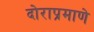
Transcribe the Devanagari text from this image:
दोराप्रमाणे